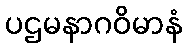
ပဌမနာဂဝိမာနံ